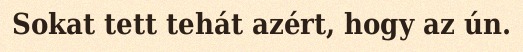
Sokat tett tehát azért, hogy az ún.